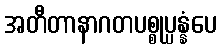
အတီတာနာဂတပစ္စုပ္ပန္နံပေ